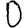
Digit: 0